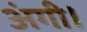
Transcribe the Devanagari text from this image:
अंगी।